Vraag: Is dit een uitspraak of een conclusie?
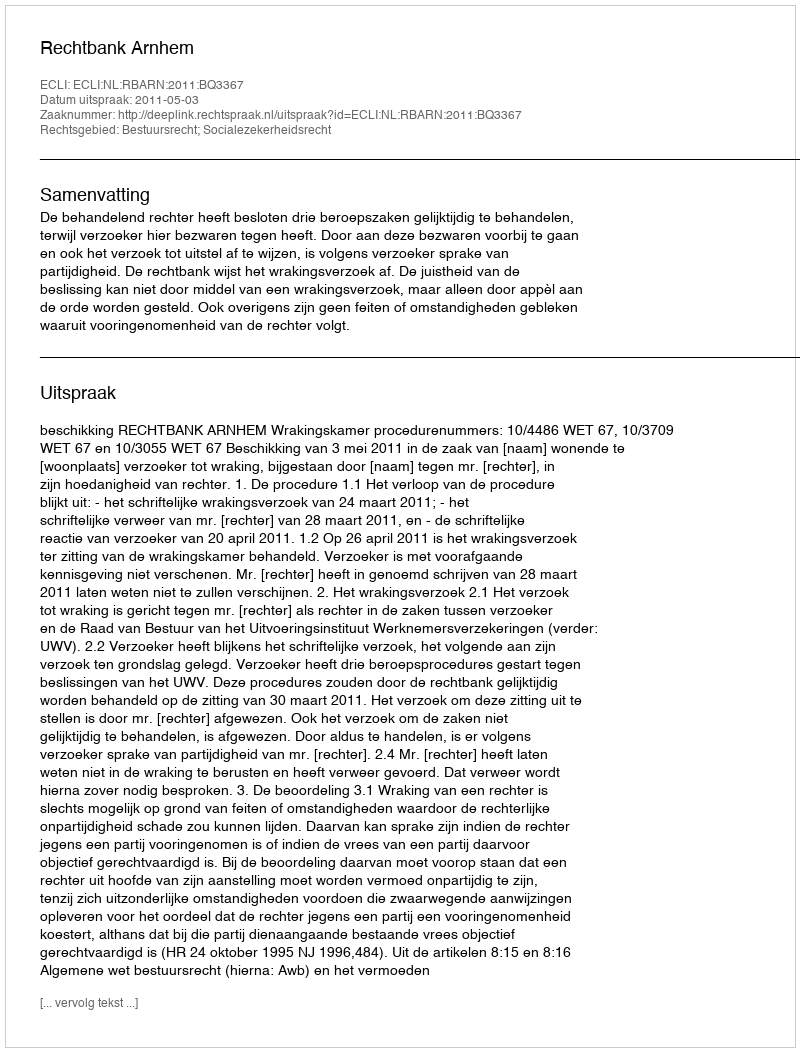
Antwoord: Uitspraak